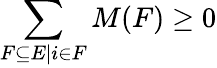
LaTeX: \sum_{F\subseteq E|i\in F}M(F)\geq 0